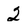
Character: 2